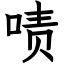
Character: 啧